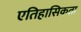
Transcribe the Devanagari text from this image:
एतिहासिकता